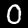
Label: 0